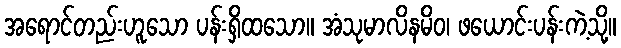
အရောင်တည်းဟူသော ပန်းရှိထသော။ အံသုမာလိနမိဝ၊ ဖယောင်းပန်းကဲ့သို့။